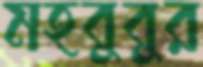
মহবুবুর